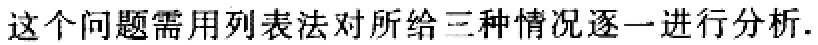
这个问题需用列表法对所给三种情况逐一进行分析.